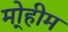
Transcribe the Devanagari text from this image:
मो्हीम